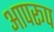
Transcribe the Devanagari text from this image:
आपरूप